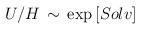
LaTeX: \begin{align*}U/H \, \sim \, \exp \left[ Solv \right]\end{align*}